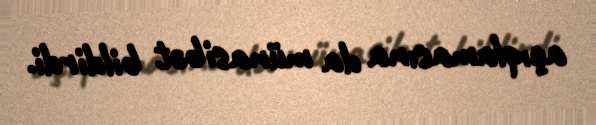
açıqlamasına da münasibət bildirdi.